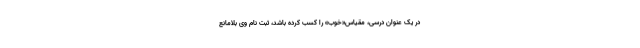
در یک عنوان درسی، مقیاس«خوب» را کسب کرده باشد، ثبت نام وی بلامانع